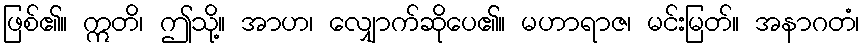
ဖြစ်၏။ ဣတိ၊ ဤသို့။ အာဟ၊ လျှောက်ဆိုပေ၏။ မဟာရာဇ၊ မင်းမြတ်။ အနာဂတံ၊